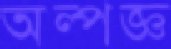
অল্পজ্ঞ